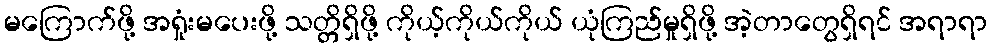
မကြောက်ဖို့ အရှုံးမပေးဖို့ သတ္တိရှိဖို့ ကိုယ့်ကိုယ်ကိုယ် ယုံကြည်မှုရှိဖို့ အဲ့တာတွေရှိရင် အရာရာ